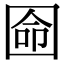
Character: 𡇳